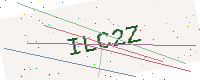
Text: ILC2Z